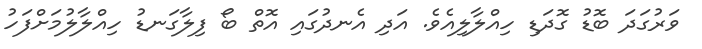
ވަރުގަދަ ބޮޑު ގޮދަޑި ހިއްލާލިއެވެ. އަދި އެނދުގައި އޮތް ބޯ ފިލާގަނޑު ހިއްލާލުމަށްފަހު